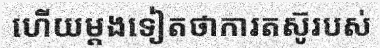
ហើយម្តងទៀតថាការតស៊ូរបស់